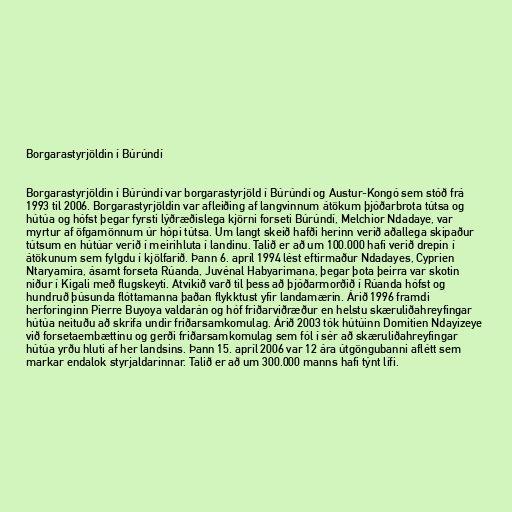
Borgarastyrjöldin í Búrúndí

Borgarastyrjöldin í Búrúndí var borgarastyrjöld í Búrúndí og Austur-Kongó sem stóð frá
1993 til 2006. Borgarastyrjöldin var afleiðing af langvinnum átökum þjóðarbrota tútsa og
hútúa og hófst þegar fyrsti lýðræðislega kjörni forseti Búrúndí, Melchior Ndadaye, var
myrtur af öfgamönnum úr hópi tútsa. Um langt skeið hafði herinn verið aðallega skipaður
tútsum en hútúar verið í meirihluta í landinu. Talið er að um 100.000 hafi verið drepin í
átökunum sem fylgdu í kjölfarið. Þann 6. apríl 1994 lést eftirmaður Ndadayes, Cyprien
Ntaryamira, ásamt forseta Rúanda, Juvénal Habyarimana, þegar þota þeirra var skotin
niður í Kigali með flugskeyti. Atvikið varð til þess að þjóðarmorðið í Rúanda hófst og
hundruð þúsunda flóttamanna þaðan flykktust yfir landamærin. Árið 1996 framdi
herforinginn Pierre Buyoya valdarán og hóf friðarviðræður en helstu skæruliðahreyfingar
hútúa neituðu að skrifa undir friðarsamkomulag. Árið 2003 tók hútúinn Domitien Ndayizeye
við forsetaembættinu og gerði friðarsamkomulag sem fól í sér að skæruliðahreyfingar
hútúa yrðu hluti af her landsins. Þann 15. apríl 2006 var 12 ára útgöngubanni aflétt sem
markar endalok styrjaldarinnar. Talið er að um 300.000 manns hafi týnt lífi.